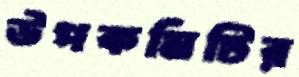
উপকমিটির